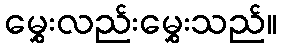
မွှေးလည်းမွှေးသည်။